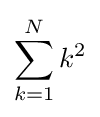
\sum _{k=1}^{N}k^{2}